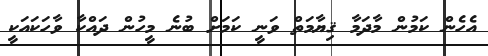
އެހެން ކަމުން މާދަމާ ޤިޔާމަތް ވަނީ ކަމަށް ބުނެ މީހުން ދައްކާ ވާހަކައަކީ